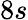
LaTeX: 8s